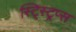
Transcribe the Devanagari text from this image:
स्ट्स्ट्रिप्स